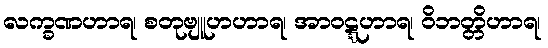
လက္ခဏဟာရ၊ စတုဗျူဟဟာရ၊ အာဝဋ္ဋဟာရ၊ ဝိဘတ္တိဟာရ၊